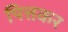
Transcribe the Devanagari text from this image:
पित्तकर